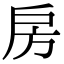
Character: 房